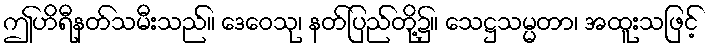
ဤဟိရီနတ်သမီးသည်။ ဒေဝေသု၊ နတ်ပြည်တို့၌။ သေဋ္ဌသမ္မတာ၊ အထူးသဖြင့်